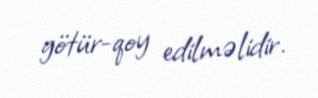
götür-qoy edilməlidir.